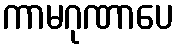
ကာမဂုဏာပေ